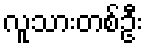
လူသားတစ်ဦး